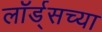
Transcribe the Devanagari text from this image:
लॉर्ड्‌सच्या